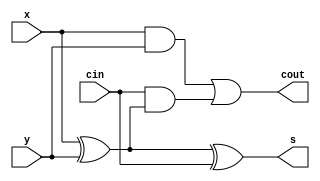
`timescale 1ns / 1ps
//////////////////////////////////////////////////////////////////////////////////
// Company: 
// Engineer: 
// 
// Design Name: 
// Module Name: Full_adder
// Project Name: 
// Target Devices: 
// Tool Versions: 
// Description: 
// 
// Dependencies: 
// 
// Revision:
// Revision 0.01 - File Created
// Additional Comments:
// 
//////////////////////////////////////////////////////////////////////////////////


module Full_adder(
 x ,y , cin ,
 s , cout 
    );
input x ,y , cin ;
output s, cout ;
assign  s = x^y^cin ; 
assign cout =  x&y | cin&(x^y)  ;  
endmodule